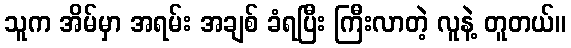
သူက အိမ်မှာ အရမ်း အချစ် ခံရပြီး ကြီးလာတဲ့ လူနဲ့ တူတယ်။